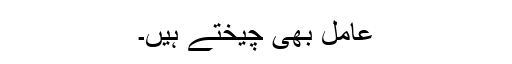
عامل بھی چیختے ہیں۔